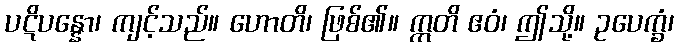
ပဋိပန္နော၊ ကျင့်သည်။ ဟောတိ၊ ဖြစ်၏။ ဣတိ ဧဝံ၊ ဤသို့။ ဥပေက္ခံ၊